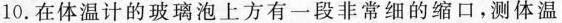
10. 在体温计的玻璃泡上方有一段非常细的缩口，测体温